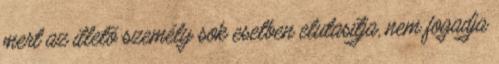
mert az illetõ személy sok esetben elutasítja, nem fogadja